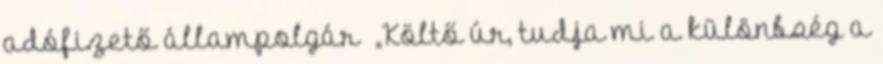
adófizető állampolgár „Költő úr, tudja mi a különbség a